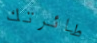
طائرتك